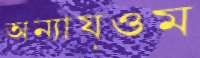
অন্যায়ওম